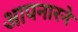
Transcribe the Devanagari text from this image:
आपनारने